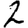
Digit: 2